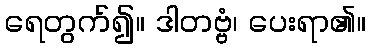
ရေတွက်၍။ ဒါတဗ္ဗံ၊ ပေးရာ၏။